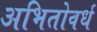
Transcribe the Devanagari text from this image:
अभितोवर्ध